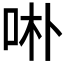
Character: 𱒖